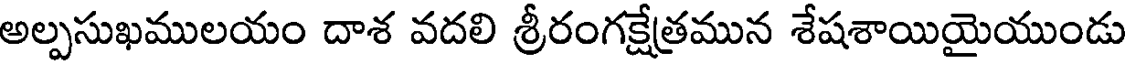
అల్పసుఖములయం దాశ వదలి శ్రీరంగక్షేత్రమున శేషశాయియైయుండు